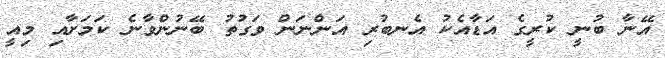
އޭނާ ބުނީ ކުރީގެ އަޑާއެކު އެނބުރި އަންނަން ވަގުތު ބޭނުންވާނެ ކަމަށާއި މިއީ